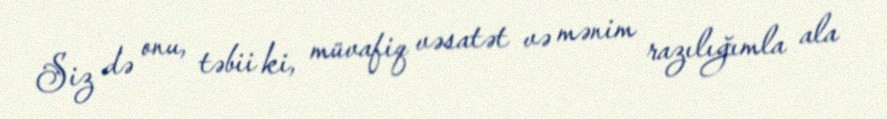
Siz də onu, təbii ki, müvafiq vəsatət və mənim razılığımla ala